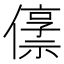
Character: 𫣬